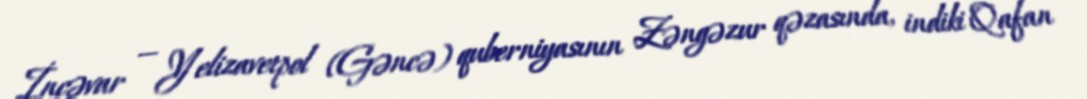
İncəvar — Yelizavetpol (Gəncə) quberniyasının Zəngəzur qəzasında, indiki Qafan